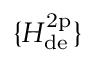
\{ H _ { \mathrm { d e } } ^ { \mathrm { 2 p } } \}